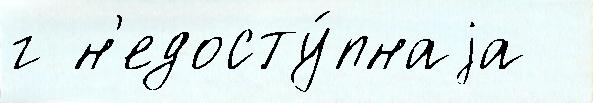
г н'едосту́пнаjа